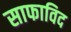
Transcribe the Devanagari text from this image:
साफाविद